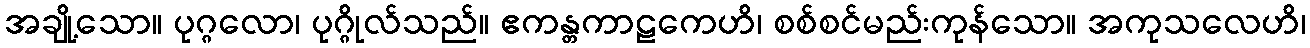
အချို့သော။ ပုဂ္ဂလော၊ ပုဂ္ဂိုလ်သည်။ ဧကန္တကာဠကေဟိ၊ စစ်စင်မည်းကုန်သော။ အကုသလေဟိ၊